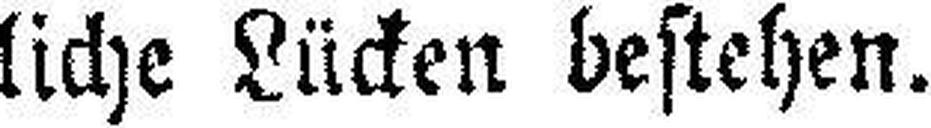
liche Lücken bestehen.